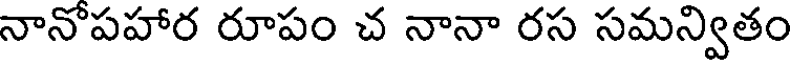
నానోపహార రూపం చ నానా రస సమన్వితం